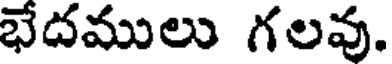
భేదములు గలవు.